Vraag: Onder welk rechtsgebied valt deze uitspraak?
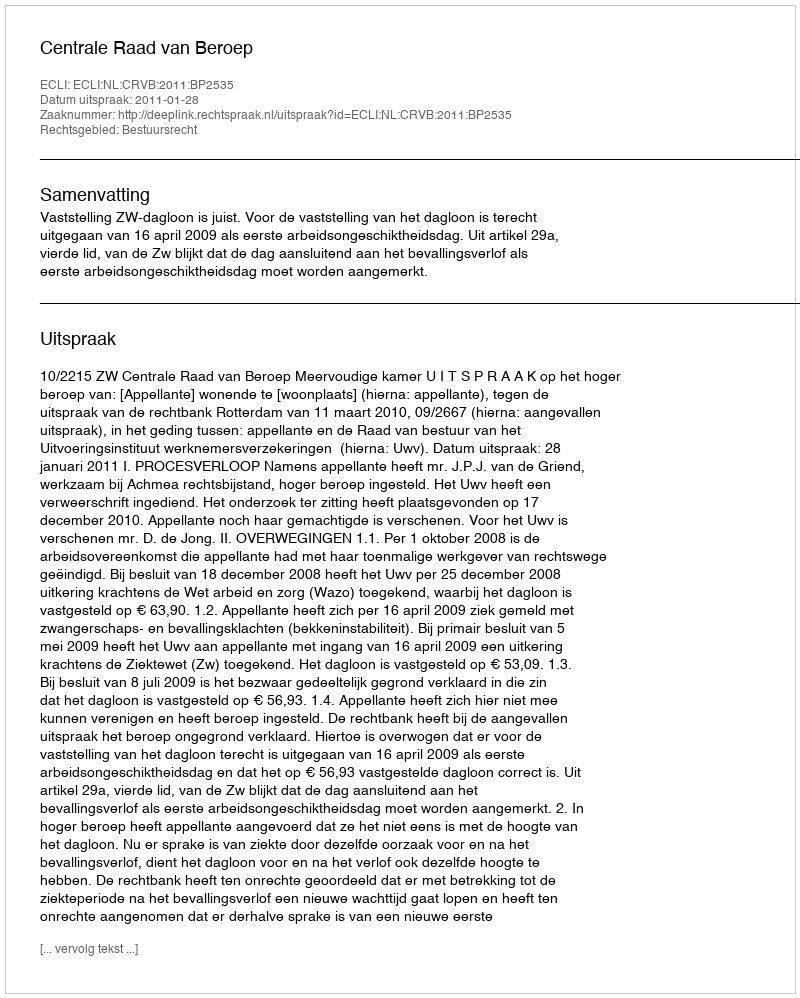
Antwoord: Bestuursrecht